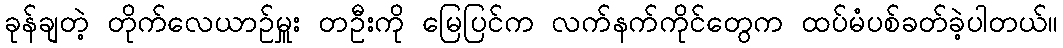
ခုန်ချတဲ့ တိုက်လေယာဉ်မှူး တဦးကို မြေပြင်က လက်နက်ကိုင်တွေက ထပ်မံပစ်ခတ်ခဲ့ပါတယ်။